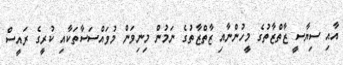
އާއި ސިޔާސީ ޒާތްޒާތުގެ މީހުންނާއި ޒާތްޒާތުގެ ނަމުން މިނިވަން މުވައްސަސާތަކާއި ކުރީގެ ރައީސް